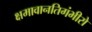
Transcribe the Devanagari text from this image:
क्षमावानतिगंभीरो